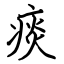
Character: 痰